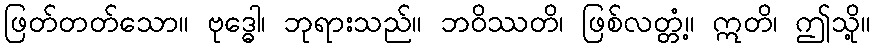
ဖြတ်တတ်သော။ ဗုဒ္ဓေါ၊ ဘုရားသည်။ ဘဝိဿတိ၊ ဖြစ်လတ္တံ့။ ဣတိ၊ ဤသို့။